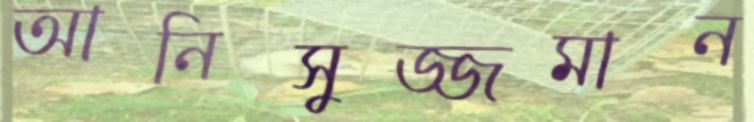
আনিসুজ্জমান